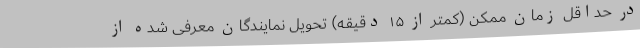
در حداقل زمان ممکن (کمتر از ۱۵ دقیقه) تحویل نمایندگان معرفی شده از